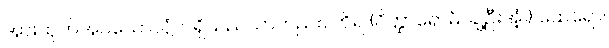
အားထုတ်အပ်သောလုံ့လရှိသည်သာတည်း။ ကိရ (ဝိတ္ထာရောမိ၊ ချဲ့ဦးအံ့။) ထေရော၊